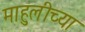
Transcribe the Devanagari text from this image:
माहुलीच्या